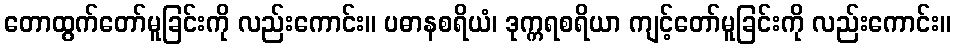
တောထွက်တော်မူခြင်းကို လည်းကောင်း။ ပဓာနစရိယံ၊ ဒုက္ကရစရိယာ ကျင့်တော်မူခြင်းကို လည်းကောင်း။